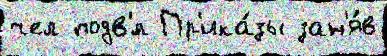
чел подв'́л Пр'ика́зы зан'я́в